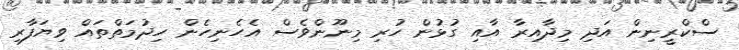
ސްކްރީނިން އަދި މިދާއިރާ އާއި ގުޅުން ހުރި މިނޫންވެސް އެހެނިހެން ހިދުމަތްތައް ވިޔަފާރި